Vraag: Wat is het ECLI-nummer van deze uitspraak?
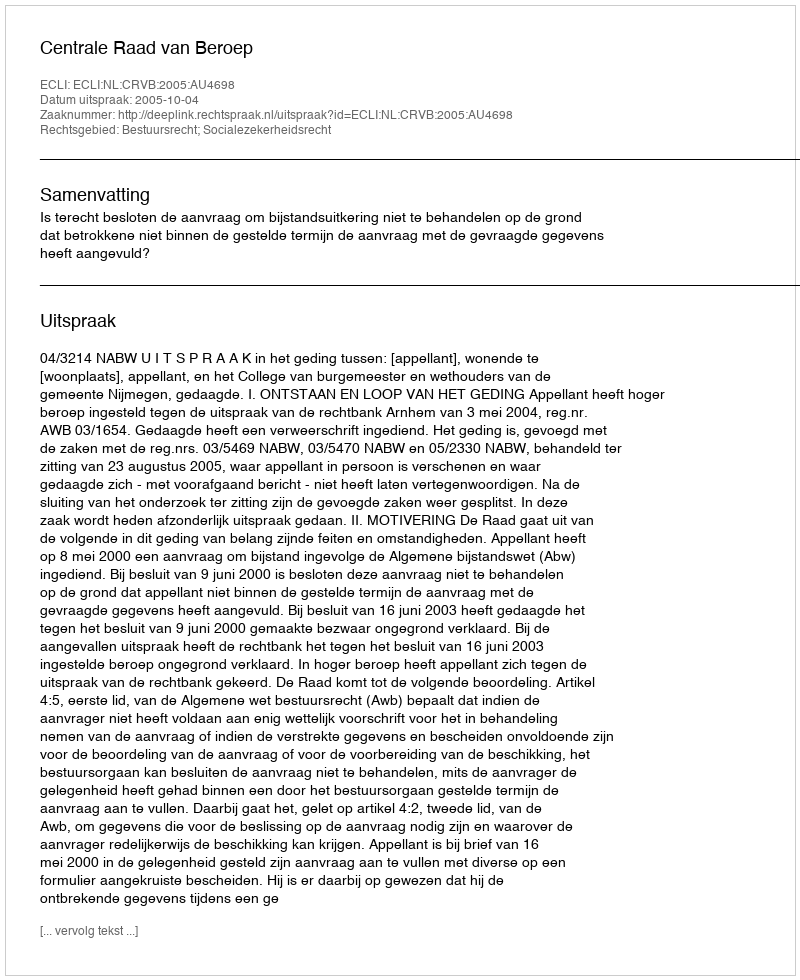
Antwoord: ECLI:NL:CRVB:2005:AU4698